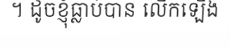
។ ដូចខ្ញុំធ្លាប់បាន លើកឡើង